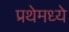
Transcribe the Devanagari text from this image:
प्रथेमध्ये